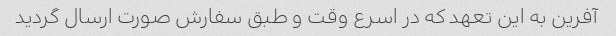
آفرین به این تعهد که در اسرع وقت و طبق سفارش صورت ارسال گردید